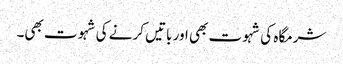
شرمگاہ کی شہوت بھی اور باتیں کرنے کی شہوت بھی۔